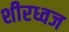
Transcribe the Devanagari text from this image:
शीरध्वज